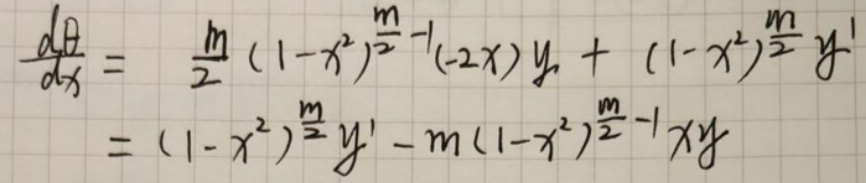
\[
\begin{align*}
\frac{d\theta}{dx}&=\frac{m}{2}(1 - x^{2})^{\frac{m}{2}-1}(-2x)y+(1 - x^{2})^{\frac{m}{2}}y'\\
&=(1 - x^{2})^{\frac{m}{2}}y'-m(1 - x^{2})^{\frac{m}{2}-1}xy
\end{align*}
\]